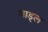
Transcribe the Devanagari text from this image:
माड्ल